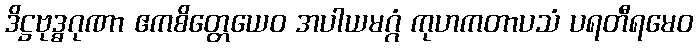
ဒိဋ္ဌဗုဒ္ဓဂုဏာ ဧကစိတ္တေယေဝ အပါယမဂ္ဂံ ကုဟကတာပသံ ပရတီရမေဝ